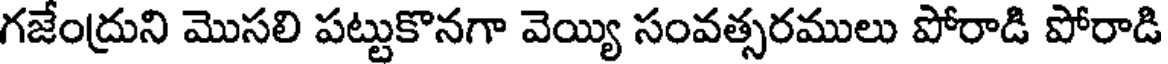
గజేంద్రుని మొసలి పట్టుకొనగా వెయ్యి సంవత్సరములు పోరాడి పోరాడి